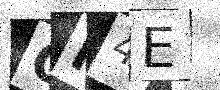
Text: CH4E